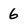
Character: 6